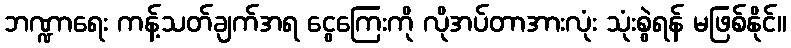
ဘဏ္ဍာရေး ကန့်သတ်ချက်အရ ငွေကြေးကို လိုအပ်တာအားလုံး သုံးစွဲရန် မဖြစ်နိုင်။